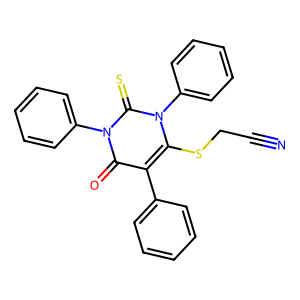
SMILES: N#CCSc1c(-c2ccccc2)c(=O)n(-c2ccccc2)c(=S)n1-c1ccccc1
Inhibits HIV replication: No